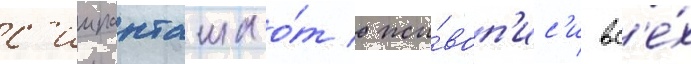
с'иипанташа о́т жи́воп'ис'и вс'е́х